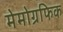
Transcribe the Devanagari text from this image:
मेमोग्रफिक